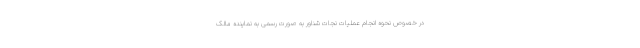
در خصوص نحوه انجام عملیات نجات شناور به صورت رسمی به نماینده مالک